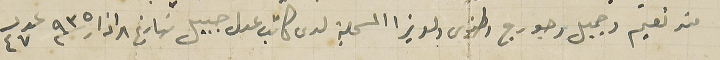
من نعيم وجميل وجورج وطنوس ولويزا المسجلة لدى كاتب عدل جبيل بتاريخ ٨ اذار سنة ٩٣٥ عدد ٤٧